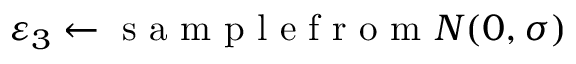
\varepsilon _ { 3 } \gets \mathrm { ~ s ~ a ~ m ~ p ~ l ~ e ~ f ~ r ~ o ~ m ~ } { \cal N } ( 0 , \sigma )